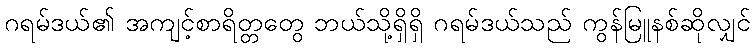
ဂရမ်ဒယ်၏ အကျင့်စာရိတ္တတွေ ဘယ်သို့ရှိရှိ ဂရမ်ဒယ်သည် ကွန်မြူနစ်ဆိုလျှင်